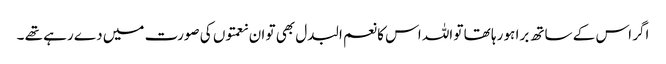
اگر اس کے ساتھ برا ہو رہا تھا تو اللہ اس کا نعم البدل بھی تو ان نعمتوں کی صورت میں دے رہے تھے ۔